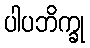
ပါပဘိက္ခု